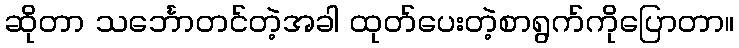
ဆိုတာ သင်္ဘောတင်တဲ့အခါ ထုတ်ပေးတဲ့စာရွက်ကိုပြောတာ။